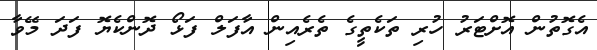
އެގޮތުން އޮށްޓަރު ހުރި ތަކެތީގެ ތެރެއިން އާފަލް ފަޅޯ ދޮންކެޔޮ ފަދަ މޭވާ